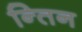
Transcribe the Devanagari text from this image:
न्तिन